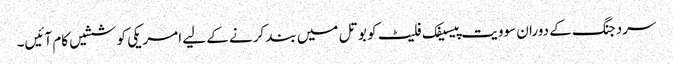
سردجنگ کے دوران سوویت پیسیفک فلیٹ کو بوتل میں بند کرنے کے لیے امریکی کوششیں کام آئیں۔